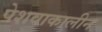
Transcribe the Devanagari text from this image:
पेशवाकालीन